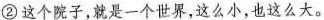
② 这个院子，就是一个世界，这么小，也这么大。